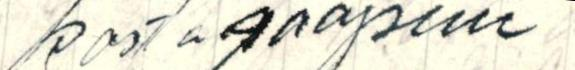
kosto saapuu